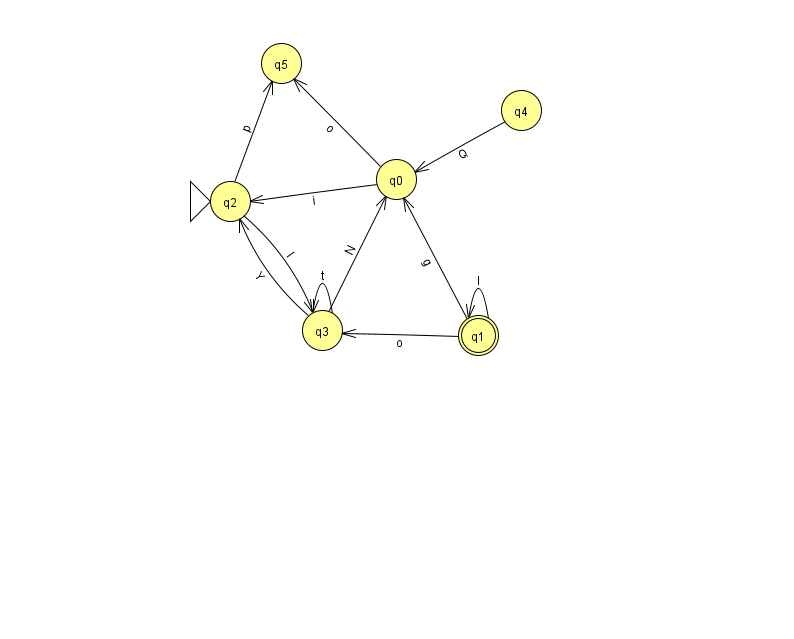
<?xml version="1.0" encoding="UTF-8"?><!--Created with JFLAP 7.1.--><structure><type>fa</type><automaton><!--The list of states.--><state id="0" name="q0"><x>396.0</x><y>166.0</y></state><state id="1" name="q1"><x>478.0</x><y>322.0</y><final/></state><state id="2" name="q2"><x>230.0</x><y>188.0</y><initial/></state><state id="3" name="q3"><x>322.0</x><y>317.0</y></state><state id="4" name="q4"><x>521.0</x><y>97.0</y></state><state id="5" name="q5"><x>281.0</x><y>50.0</y></state><!--The list of transitions.--><transition><from>4</from><to>0</to><read>Q</read></transition><transition><from>3</from><to>3</to><read>t</read></transition><transition><from>1</from><to>3</to><read>o</read></transition><transition><from>2</from><to>5</to><read>p</read></transition><transition><from>0</from><to>2</to><read>i</read></transition><transition><from>1</from><to>0</to><read>g</read></transition><transition><from>1</from><to>1</to><read>I</read></transition><transition><from>3</from><to>0</to><read>N</read></transition><transition><from>0</from><to>5</to><read>o</read></transition><transition><from>2</from><to>3</to><read>I</read></transition><transition><from>3</from><to>2</to><read>Y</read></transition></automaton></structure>